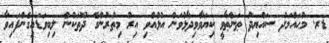
ޑރ. މުޙައްމަދު ސައްޔިދު ޠަންޠާވީ ކިޔަވާވިދާޅުވަން އުޅުއްވި އިރު މިތުރުންގެ ދޫތަކުން ލިބިވަޑައިގެންފައިވާ